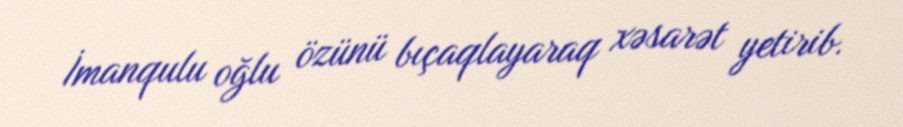
İmanqulu oğlu özünü bıçaqlayaraq xəsarət yetirib.